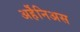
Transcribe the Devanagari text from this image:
अर्हॆनिअस